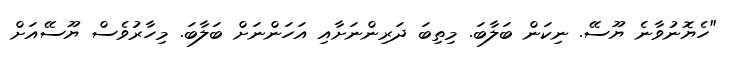
"ހެޔޮނުވާނެ ޔޫސޭ. ނިކަން ބަލާބަ. މިތިބަ ދަރިންނަށާއި އަހަންނަށް ބަލާބަ. މިހާރުވެސް ޔޫސޭއަށް